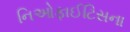
નિઓફાઈટિસના